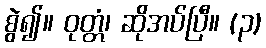
စွဲ၍။ ဝုတ္တံ၊ ဆိုအပ်ပြီ။ (၃)